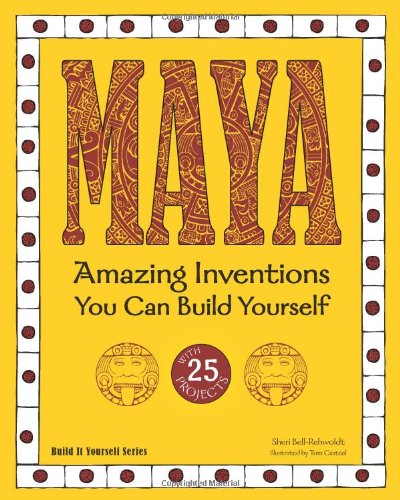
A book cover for MAYA: Amazing Inventions You Can Build Yourself (Build It Yourself); Sheri Bell-Rehwoldt; Children's Books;